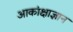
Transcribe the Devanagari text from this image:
आकांक्षाज्ञान